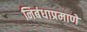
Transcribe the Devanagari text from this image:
निबंधाप्रमाणे